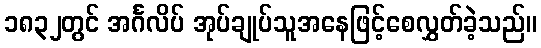
၁၈၃၂တွင် အင်္ဂလိပ် အုပ်ချုပ်သူအနေဖြင့်စေလွှတ်ခဲ့သည်။